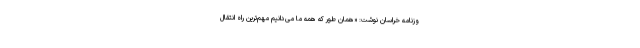
وزنامه خراسان نوشت: «همان طور که همه ما می‌دانیم مهم‌ترین راه انتقال